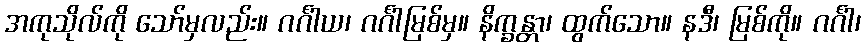
အကုသိုလ်ကို သော်မှလည်း။ ဂင်္ဂါယ၊ ဂင်္ဂါမြစ်မှ။ နိက္ခန္တာ၊ ထွက်သော။ နဒီ၊ မြစ်ကို။ ဂင်္ဂါ၊